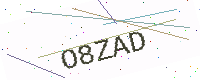
Text: O8ZAD